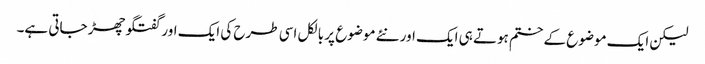
لیکن ایک موضوع کے ختم ہوتے ہی ایک اور نئے موضوع پر بالکل اسی طرح کی ایک اور گفتگو چھڑ جاتی ہے۔